Leaving Certificate Examination, 1916
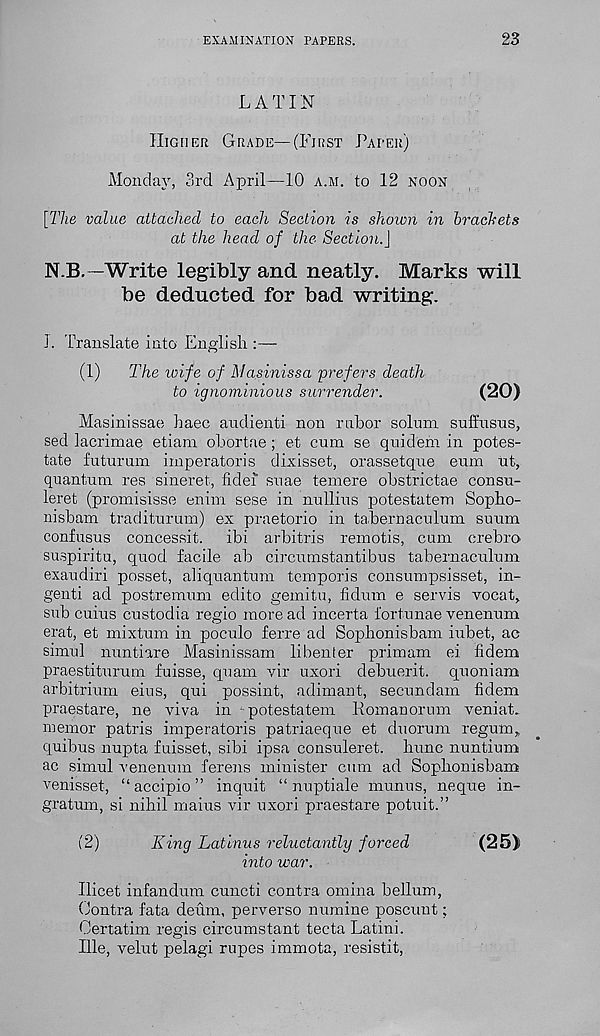
EXAMINATION PAPERS.
23
LATIN
HIGHER GRADE—(FIRST PAPER)
Monday, 3rd April—10 A.M. to 12 NOON
[The value attached to each Section is shown in brackets
at the head of the Section.]
N.B. -Write legibly and neatly. Marks will
be deducted for bad writing.
I. Translate into English :—
(1)
The wife of Masinissa prefers death
to ignominious surrender.
(20)
Masinissae haec audienti non rubor solum suft'usus,
sed lacrimae etiam obortae ; et cum se quidem in potes-
tate futurum imperatoris dixisset, orassetque eum ut,
quantum res sineret, fidei suae temere obstrictae consu-
leret (promisisse enim sese in nullius potestatem Sopho-
nisbam traditurum) ex praetorio in tabernaculum suum
confusus concessit, ibi arbitris remotis, cum crebro
suspiritu, quod facile ab circumstantibus tabernaculum
exaudiri posset, aliquantum temporis consumpsisset, in-
genti ad postremum edito gemitu, fidum e servis vocat,
sub cuius custodia regio more ad incerta i'ortunae venenum
erat, et mixtum in poculo ferre ad Sophonisbam iubet, ac
simul nuntiare Masinissam libenter primam ei. fidem
praestiturum fuisse, quam vir uxori debuerit. quoniam
arbitrium eius, qui possint, adimant, secundam fidem
praestare, ne viva in potestatem Homanorum veniat.
memor patris imperatoris patriaeque et duorum regum^
quibus nupta fuisset, sibi ipsa consuleret. hunc nuntium
ac simul venenum ferens minister cum ad Soplionisbam
venisset, “ accipio ” inquit “ nuptiale munus, neque in-
gratum, si nihil mains vir uxori praestare potuit.”
(2)
King Latinus reluctantly forced
(25)
into war.
Ilicet infandum cuncti contra omina helium,
(Jontra fata deum, perverse numine poscuut;
Oertatim regis circumstant tecta Latini.
Ille, velut pelagi rupes immota, resistit,